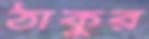
ঠাকুর